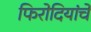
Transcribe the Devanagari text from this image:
फिरोदियांचे